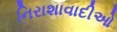
નિરાશાવાદીઓ